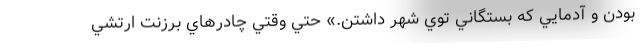
بودن و آدمايي كه بستگاني توي شهر داشتن.» حتي وقتي چادرهاي برزنت ارتشي